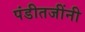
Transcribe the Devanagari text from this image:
पंडीतजींनी